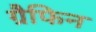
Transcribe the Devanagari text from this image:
ग्रैफिन